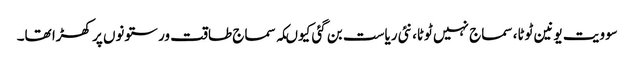
سوویت یونین ٹوٹا، سماج نہیں ٹوٹا، نئی ریاست بن گئی کیوںکہ سماج طاقت ور ستونوں پر کھڑا تھا۔